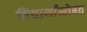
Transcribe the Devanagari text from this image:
विद्यार्थांसोबत